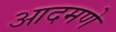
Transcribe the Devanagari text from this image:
आदमणे